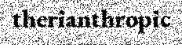
therianthropic